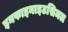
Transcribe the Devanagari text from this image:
इनफाइनाइटसिमल